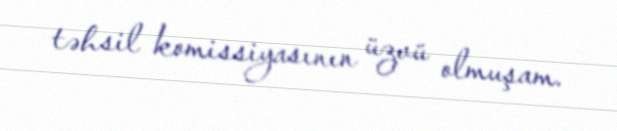
təhsil komissiyasının üzvü olmuşam.